Madras plague regulations and rules for the city of Madras
Disease focus: Plague
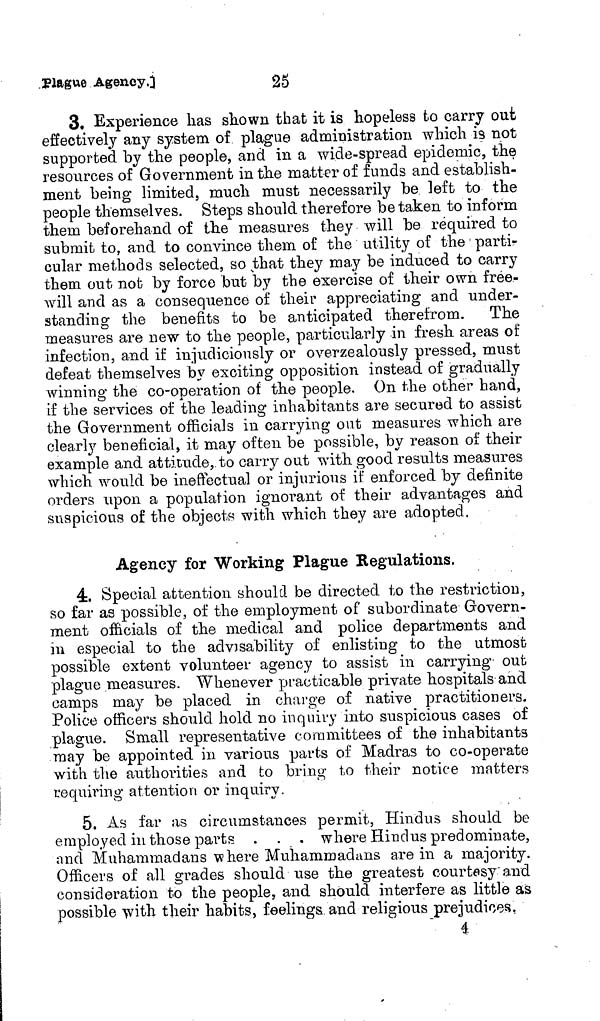
3. Experience has shown that it is hopeless to carry out
effectively any system of plague administration which is not
supported by the people, and in a wide-spread epidemic, the
resources of Government in the matter of funds and establish-
ment being limited, much must necessarily be left to the
people themselves. Steps should therefore be taken to inform
them beforehand of the measures they will be required to
submit to, and to convince them of the utility of the parti-
cular methods selected, so that they may be induced to carry
them out not by force but by the exercise of their own free-
will and as a consequence of their appreciating and under-
standing the benefits to be anticipated therefrom. The
measures are new to the people, particularly in fresh areas of
infection, and if injudiciously or overzealously pressed, must
defeat themselves by exciting opposition instead of gradually
winning the co-operation of the people. On the other hand,
if the services of the leading inhabitants are secured to assist
the Government officials in carrying ont measures which are
clearly beneficial, it may often be possible, by reason of their
example and attitude, to carry out with good results measures
which would be ineffectual or injurious if enforced by definite
orders upon a population ignorant of their advantages and
suspicious of the object with which they are adopted,
Agency for Working Plague Regulations.
4. Special attention should be directed to the restriction,
so far as possible, of the employment of subordinate Govern-
ment officials of the medical and police departments and
in especial to the advisability of enlisting to the utmost
possible extent volunteer agency to assist in carrying out
plague measures. Whenever practicable private hospitals and
camps may be placed in charge of native practitioners.
Police officers should hold no inquiry into suspicious cases of
plague. Small representative committees of the inhabitants
may be appointed in various parts of Madras to co-operate
with the authorities and to bring to their notice matters
requiring attention or inquiry.
5. As far as circumstances permit, Hindus should be
employed in those parts . . . where Hindus predominate,
and Muhammadans where Muhammadans are in a majority.
Officers of all grades should use the greatest courtesy and
consideration to the people, and should interfere as little as
possible with their habits, feelings and religious prejudices.